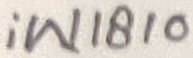
Text: iW1810